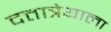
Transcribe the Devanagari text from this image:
दत्तात्रेयाला